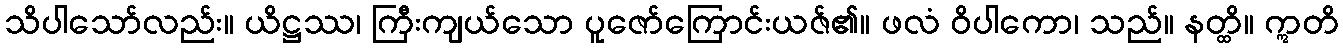
သိပါသော်လည်း။ ယိဋ္ဌဿ၊ ကြီးကျယ်သော ပူဇော်ကြောင်းယဇ်၏။ ဖလံ ဝိပါကော၊ သည်။ နတ္ထိ။ ဣတိ